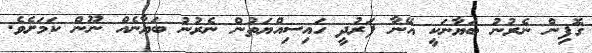
ގޮފިން ނެރުނު ބަޔާނަކީ އޭނާ ފަރުދީ ހައިސިއްޔަތުން ނެރުނު ބަޔާނެއް ނޫން ކަމަށެވެ.